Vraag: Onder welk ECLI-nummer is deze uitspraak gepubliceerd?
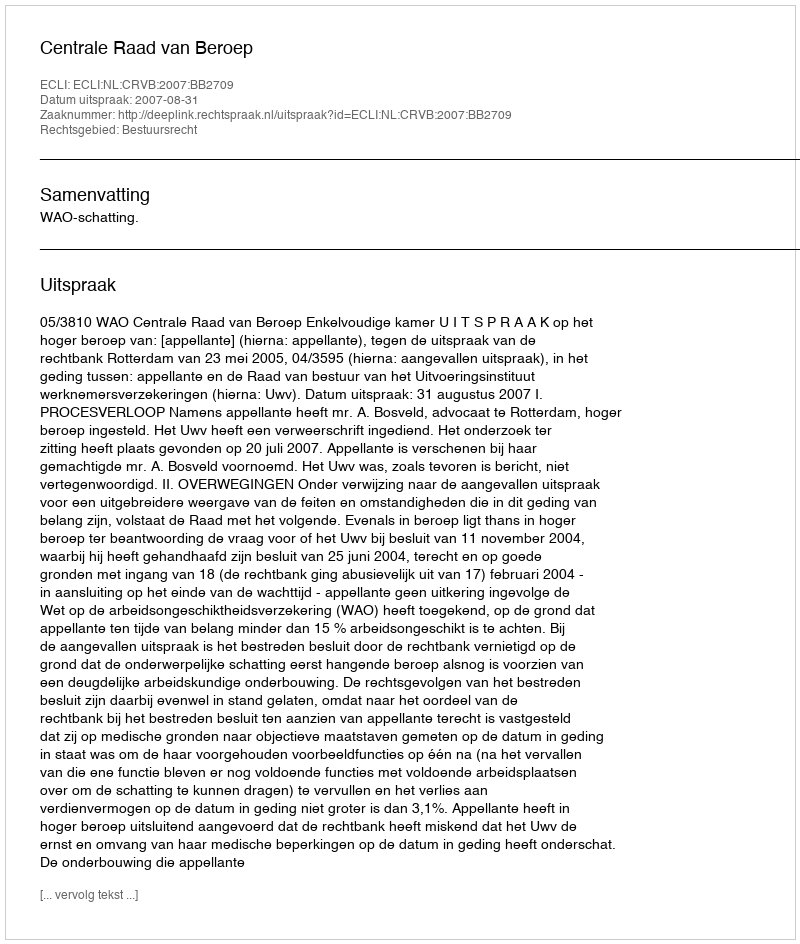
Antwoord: ECLI:NL:CRVB:2007:BB2709